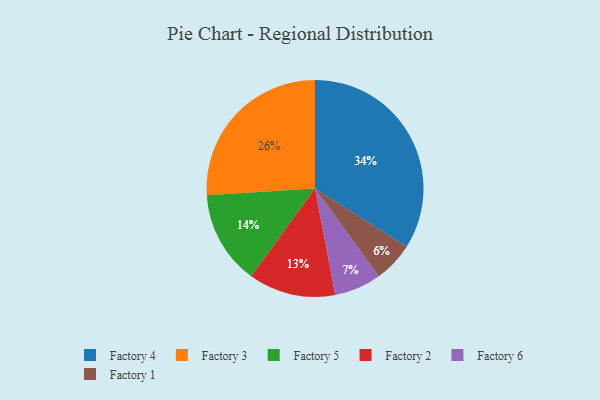
{"axis": {"x": "Category", "y": "Percentage"}, "legend": ["Factory 1", "Factory 2", "Factory 3", "Factory 4", "Factory 5", "Factory 6"], "data": [{"x": "Factory 1", "y": 6, "type": "Factory 1"}, {"x": "Factory 6", "y": 7, "type": "Factory 6"}, {"x": "Factory 5", "y": 14, "type": "Factory 5"}, {"x": "Factory 2", "y": 13, "type": "Factory 2"}, {"x": "Factory 3", "y": 26, "type": "Factory 3"}, {"x": "Factory 4", "y": 34, "type": "Factory 4"}]}